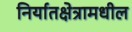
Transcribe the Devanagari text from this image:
निर्यातक्षेत्रामधील